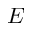
E